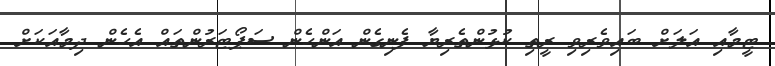
ޓީމާއި އަލަށް ބައިވެރިވި ރީތި ކުޅުންތެރިޔާ ފެނިގެން އަންހެން ސަޕޯޓަރުންތައް އެހެން ދިމާއަކަށް